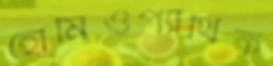
হোমিওপ্যাথিক